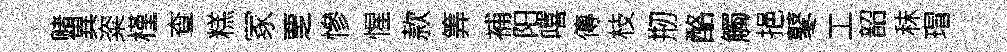
赌異粢槿查糕冢覂慘惺款筭補阳嘻傳枝剏酪觸挹鼕工韶秣瑁